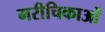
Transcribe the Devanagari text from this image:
मरीचिकाओं